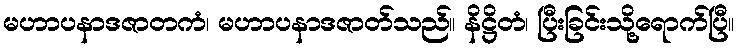
မဟာပနာဒဇာတကံ၊ မဟာပနာဒဇာတ်သည်။ နိဋ္ဌိတံ၊ ပြီးခြင်းသို့ရောက်ပြီ။